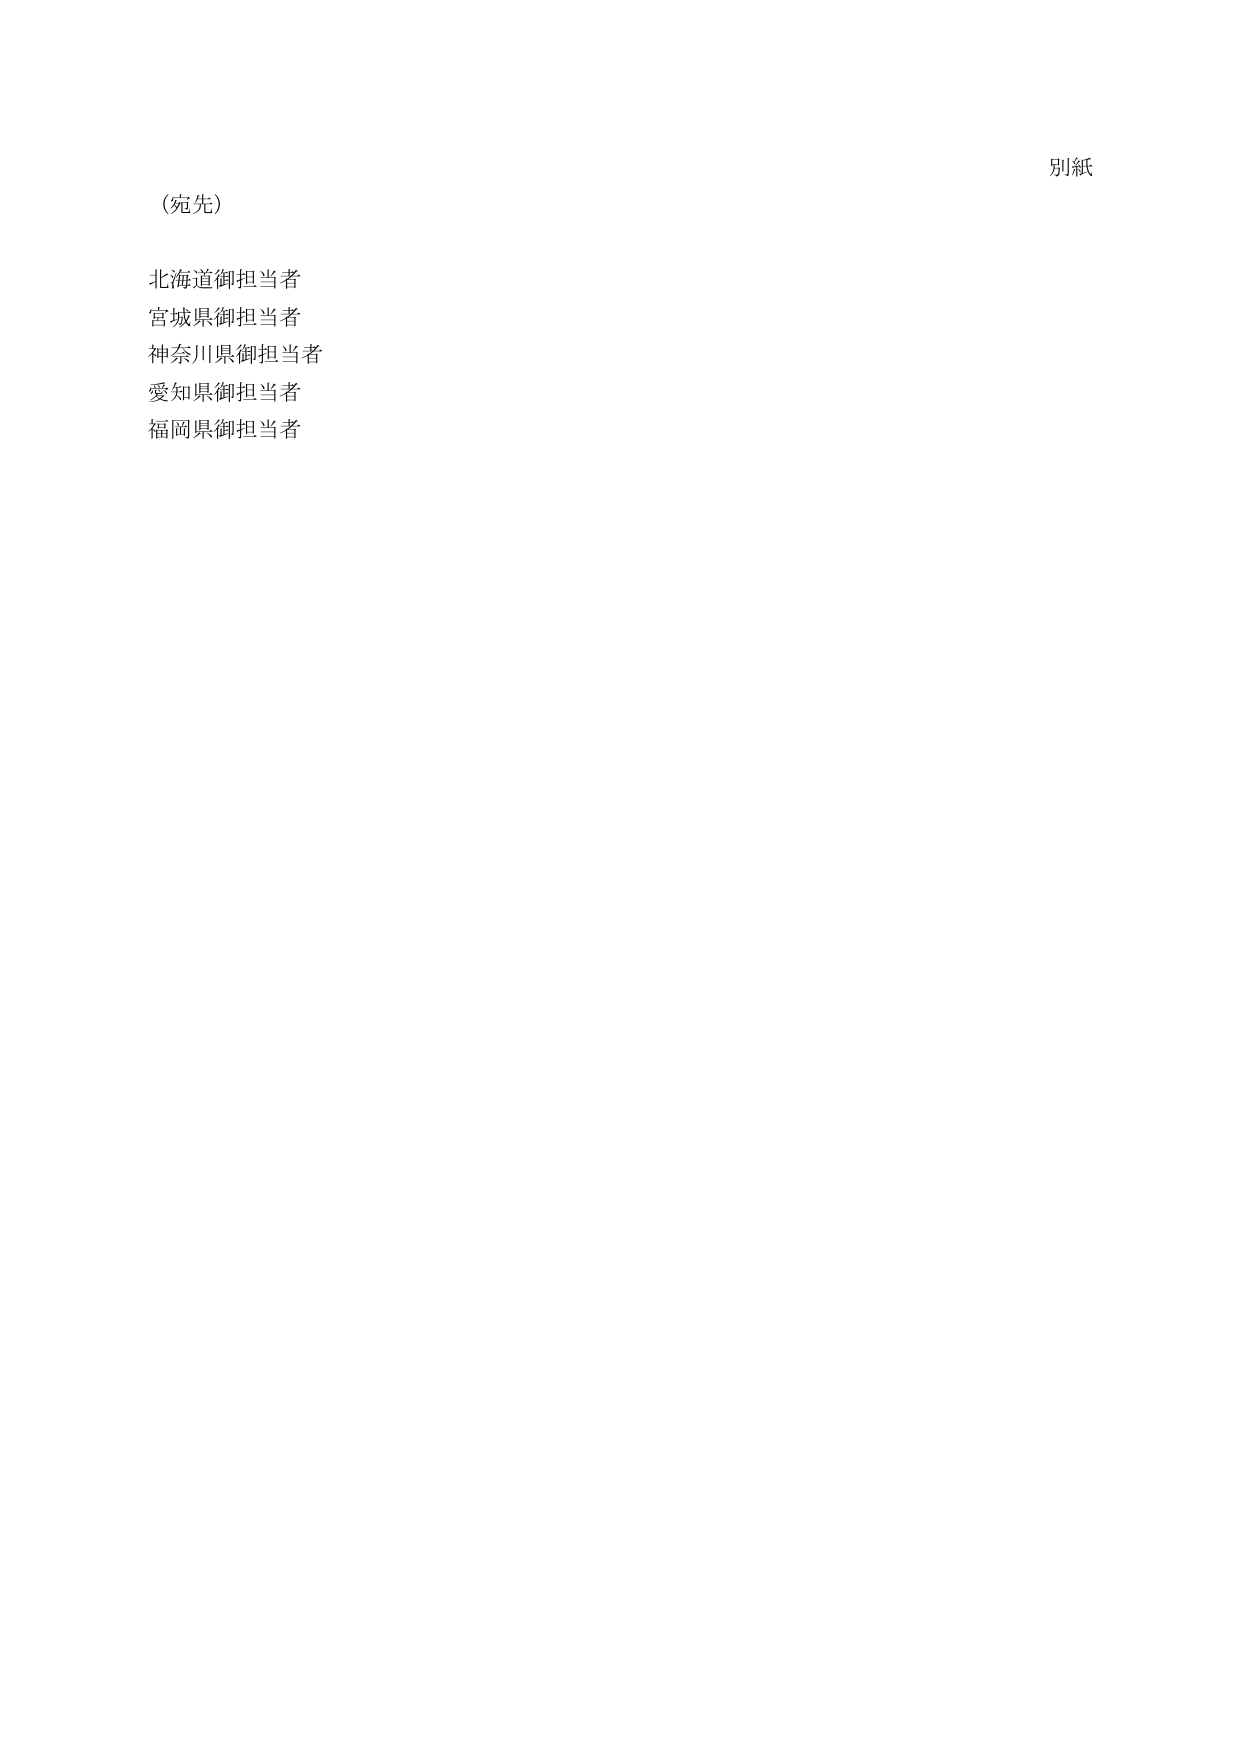
別紙

（宛先）

北海道御担当者
宮城県御担当者
神奈川県御担当者
愛知県御担当者
福岡県御担当者